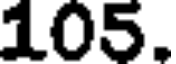
105.